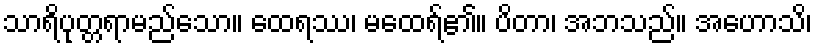
သာရိပုတ္တရာမည်သော။ ထေရဿ၊ မထေရ်၏။ ပိတာ၊ အဘသည်။ အဟောသိ၊